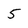
Character: 5